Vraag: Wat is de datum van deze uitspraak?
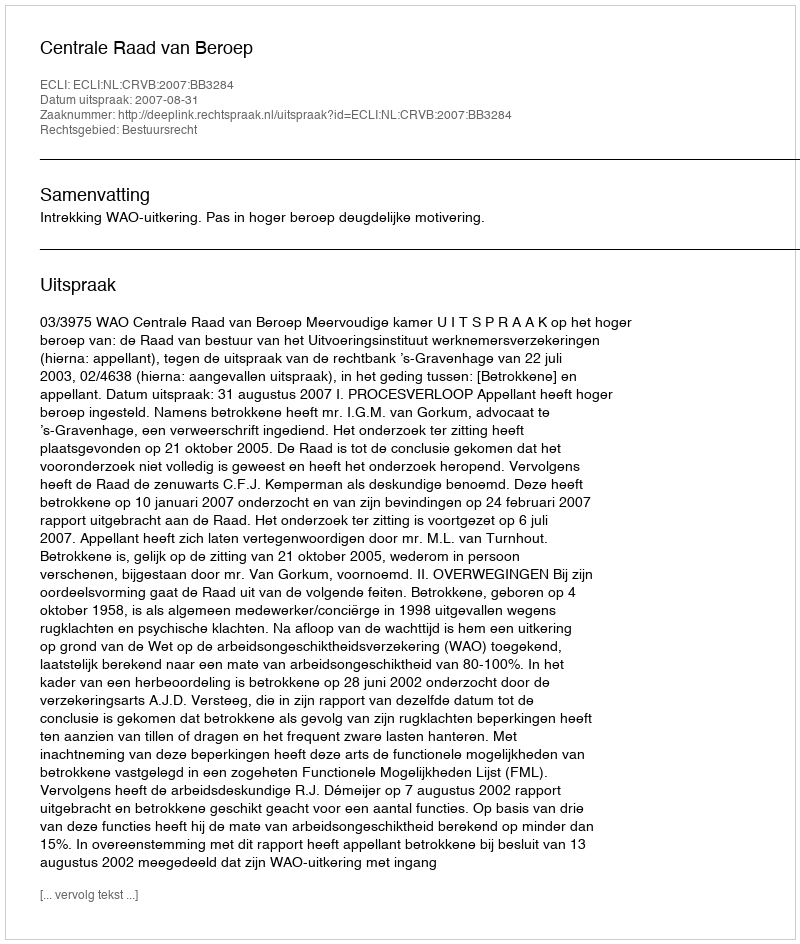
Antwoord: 2007-08-31